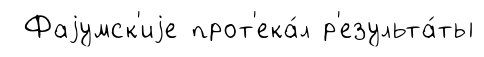
Фаjумск'иjе прот'ека́л р'езульта́ты